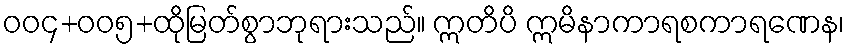
ဝဝ၄+ဝဝ၅+ထိုမြတ်စွာဘုရားသည်။ ဣတိပိ ဣမိနာကာရစကာရဏေန၊